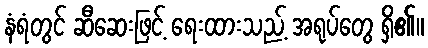
နံရံတွင် ဆီဆေးဖြင့် ရေးထားသည့် အရုပ်တွေ ရှိ၏။